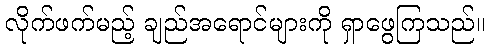
လိုက်ဖက်မည့် ချည်အရောင်များကို ရှာဖွေကြသည်။